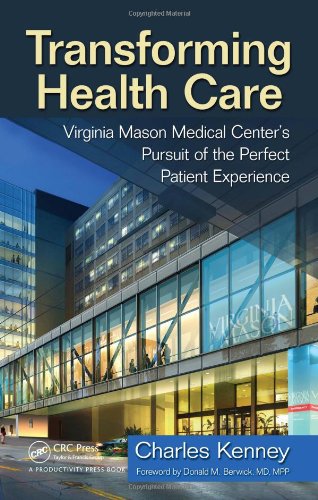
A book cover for Transforming Health Care: Virginia Mason Medical Center's Pursuit of the Perfect Patient Experience; Charles Kenney; Medical Books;